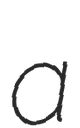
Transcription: a